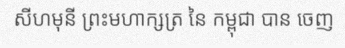
សីហមុនី ព្រះមហាក្សត្រ នៃ កម្ពុជា បាន ចេញ